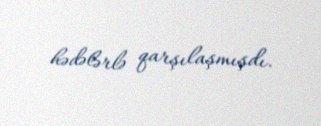
hədələrlə qarşılaşmışdı.